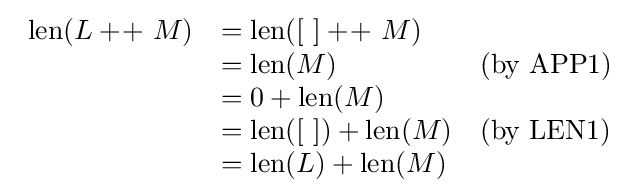
{\begin{array}{rll}\operatorname {len} (L+\!+\ M)&=\operatorname {len} ([\ ]+\!+\ M)\\&=\operatorname {len} (M)&({\text{by APP1}})\\&=0+\operatorname {len} (M)\\&=\operatorname {len} ([\ ])+\operatorname {len} (M)&({\text{by LEN1}})\\&=\operatorname {len} (L)+\operatorname {len} (M)\\\end{array}}